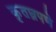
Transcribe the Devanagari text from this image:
कृतघ्नपणे